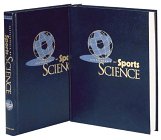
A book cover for Encyclopedia of Sports Science; John Zumerchik; Sports & Outdoors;